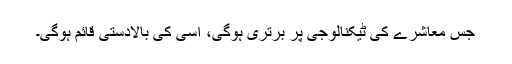
جس معاشرے کی ٹیکنالوجی پر برتری ہوگی، اسی کی بالادستی قائم ہوگی۔